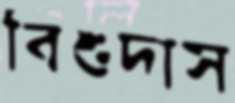
বিশুদাস